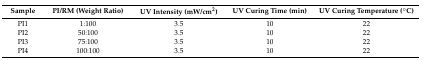
<table><thead><tr><td><b>Sample</b></td><td><b>PI/RM (Weight Ratio)</b></td><td><b>UV Intensity (mW/cm<sup>2</sup>)</b></td><td><b>UV Curing Time (min)</b></td><td><b>UV Curing Temperature (°C)</b></td></tr></thead><tbody><tr><td>PI1</td><td>1:100</td><td>3.5</td><td>10</td><td>22</td></tr><tr><td>PI2</td><td>50:100</td><td>3.5</td><td>10</td><td>22</td></tr><tr><td>PI3</td><td>75:100</td><td>3.5</td><td>10</td><td>22</td></tr><tr><td>PI4</td><td>100:100</td><td>3.5</td><td>10</td><td>22</td></tr></tbody></table>